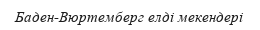
Баден-Вюртемберг елді мекендері